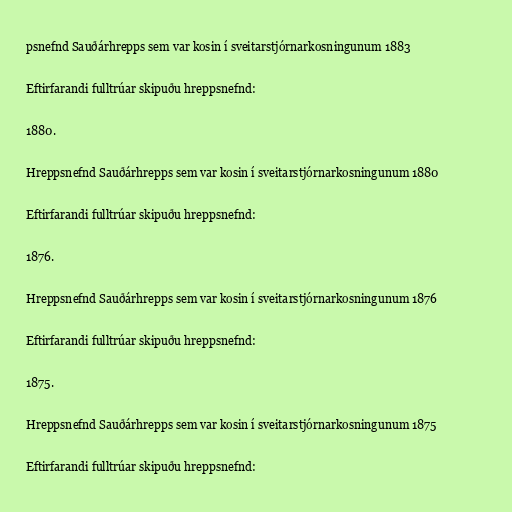
psnefnd Sauðárhrepps sem var kosin í sveitarstjórnarkosningunum 1883

Eftirfarandi fulltrúar skipuðu hreppsnefnd:

1880.

Hreppsnefnd Sauðárhrepps sem var kosin í sveitarstjórnarkosningunum 1880

Eftirfarandi fulltrúar skipuðu hreppsnefnd:

1876.

Hreppsnefnd Sauðárhrepps sem var kosin í sveitarstjórnarkosningunum 1876

Eftirfarandi fulltrúar skipuðu hreppsnefnd:

1875.

Hreppsnefnd Sauðárhrepps sem var kosin í sveitarstjórnarkosningunum 1875

Eftirfarandi fulltrúar skipuðu hreppsnefnd: